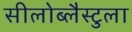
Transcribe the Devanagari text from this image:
सीलोब्लैस्टुला